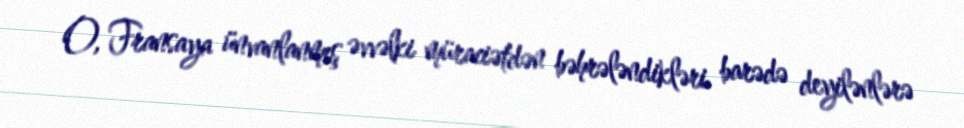
O, Fransaya ünvanlanmış əvvəlki müraciətdən bəhrələndikləri barədə deyilənlərə